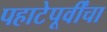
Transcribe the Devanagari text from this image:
पहाटेपूर्वींचा